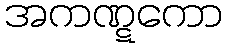
အကဏ္ဋကော